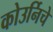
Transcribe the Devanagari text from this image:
कोउर्निचे